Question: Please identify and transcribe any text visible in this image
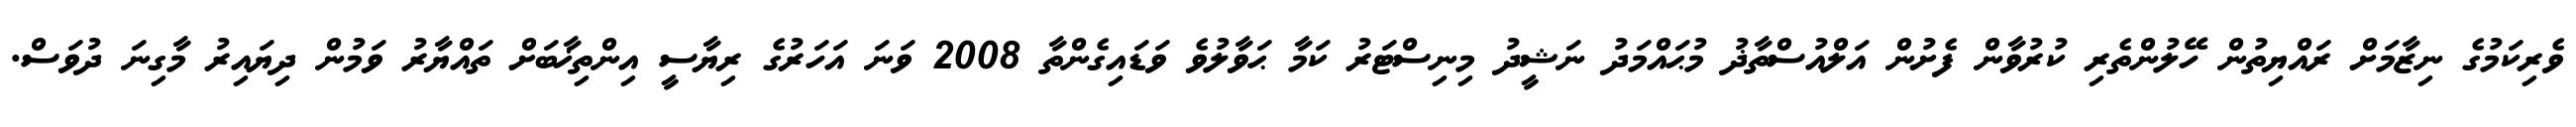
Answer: ވެރިކަމުގެ ނިޒާމަށް ރައްޔިތުން ހޭލުންތެރި ކުރުވާން ފެށުން އަލްއުސްތާޛު މުޙައްމަދު ނަޝީދު މިނިސްޓަރު ކަމާ ޙަވާލުވެ ވަޑައިގެންތާ 2008 ވަނަ އަހަރުގެ ރިޔާސީ އިންތިޚާބަށް ތައްޔާރު ވަމުން ދިޔައިރު މާގިނަ ދުވަސް.